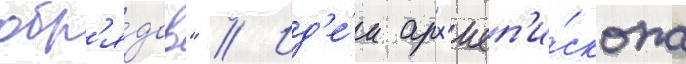
обр'я́дов" // Ид'е́и арх'иеп'и́скопа